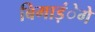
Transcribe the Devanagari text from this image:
बिगाड़ंेगे